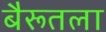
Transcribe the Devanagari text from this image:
बैरूतला